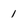
Character: 1